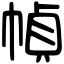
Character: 幀